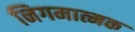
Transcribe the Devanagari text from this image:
निगमात्मक